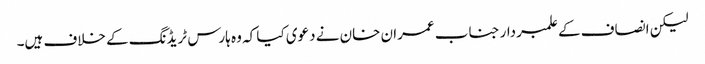
لیکن انصاف کے علمبردار جناب عمران خان نے دعوی کیا کہ وہ ہارس ٹریڈنگ کے خلاف ہیں۔